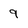
Character: 9